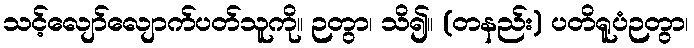
သင့်လျော်လျောက်ပတ်သူကို။ ဉတွာ၊ သိ၍။ (တနည်း) ပတိရူပံဉတွာ၊